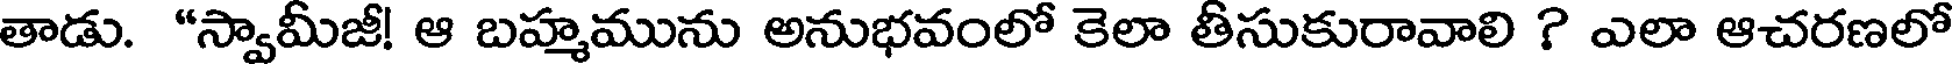
తాడు. "స్వామీజీ! ఆ బహ్మమును అనుభవంలో కెలా తీసుకురావాలి ? ఎలా ఆచరణలో